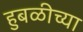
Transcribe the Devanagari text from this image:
हुबळीच्या